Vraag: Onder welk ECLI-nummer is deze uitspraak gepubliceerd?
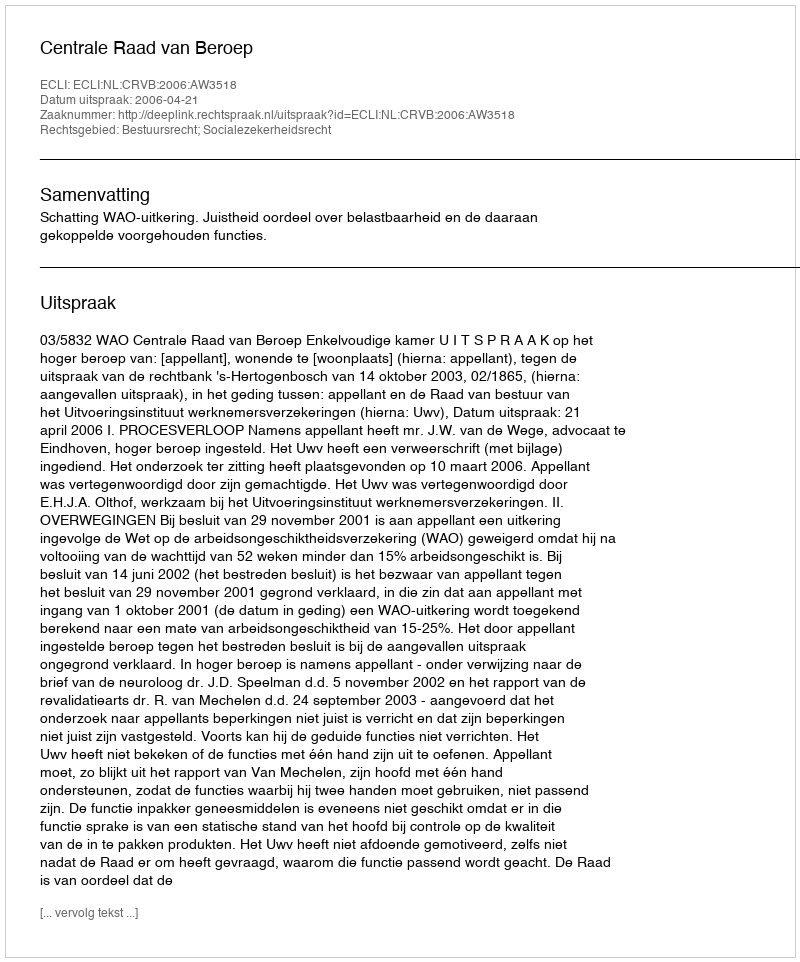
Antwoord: ECLI:NL:CRVB:2006:AW3518